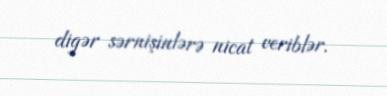
digər sərnişinlərə nicat veriblər.